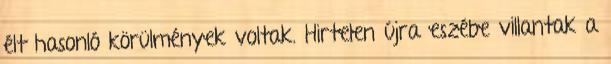
élt hasonló körülmények voltak. Hirtelen újra eszébe villantak a